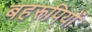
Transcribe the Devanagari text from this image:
बहरूपियों